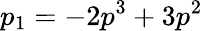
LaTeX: p_{1}=-2p^{3}+3p^{2}